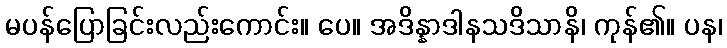
မပန်ပြောခြင်းလည်းကောင်း။ ပေ။ အဒိန္နာဒါနသဒိသာနိ၊ ကုန်၏။ ပန၊